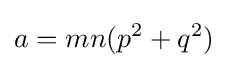
a=mn(p^{2}+q^{2})